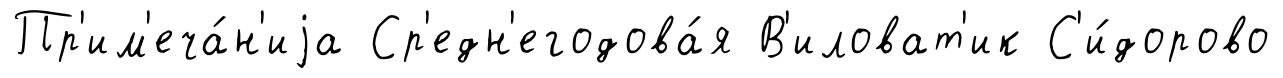
Пр'им'еча́н'иjа Ср'едн'егодова́я В'иловат'ик С'и́дорово